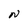
Character: N